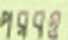
পরবও